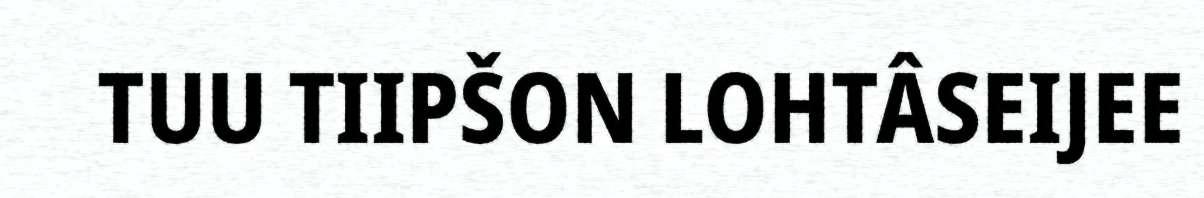
TUU TIIPŠON LOHTÂSEIJEE